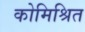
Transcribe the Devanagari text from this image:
कोमिश्रित